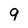
Character: 9